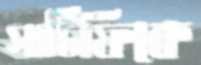
সার্টিফিকে